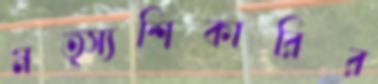
মত্স্যশিকারির